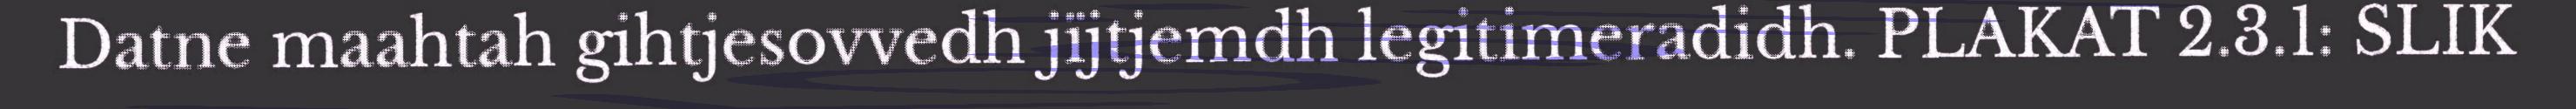
Datne maahtah gihtjesovvedh jïjtjemdh legitimeradidh. PLAKAT 2.3.1: SLIK